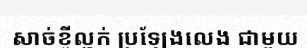
សាច់ខ្ចីល្ហក់ ប្រឡែងលេង ជាមួយ